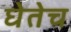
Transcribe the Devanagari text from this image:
घेतेच